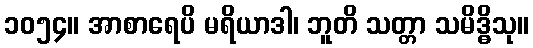
၁၀၅၄။ အာစာရေပိ မရိယာဒါ၊ ဘူတိ သတ္တာ သမိဒ္ဓိသု။